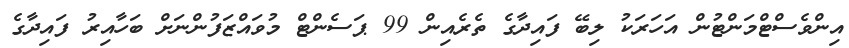
އިންވެސްޓްމަންޓުން އަހަރަކު ލިބޭ ފައިދާގެ ތެރެއިން 99 ޕަސެންޓް މުވައްޒަފުންނަށް ބަހާއިރު ފައިދާގެ